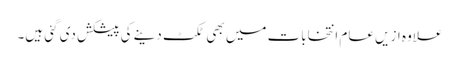
علاوہ ازیں عام انتخابات میں بھی ٹکٹ دینے کی پیشکش دی گئی ہیں۔